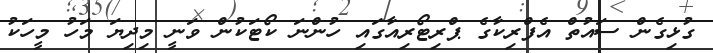
ގުޅިގެން ސައުތް އެފްރިކާގެ ޕްރިޓޯރިއާގައި ހުންނަ ކޯޓަކުން ވަނީ މިދިޔަ މަހު މީހަކު